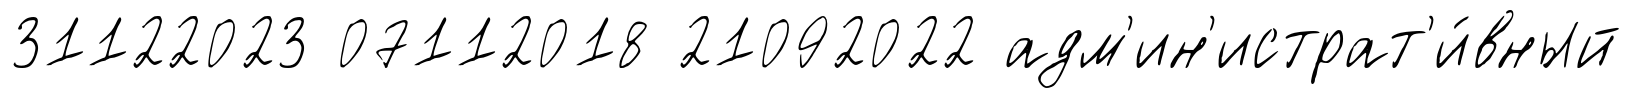
31122023 07112018 21092022 адм'ин'истрат'и́вный